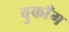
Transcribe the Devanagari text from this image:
वुकाँग